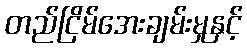
တည်ငြိမ်အေးချမ်းမှုနှင့်